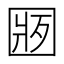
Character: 𱖁